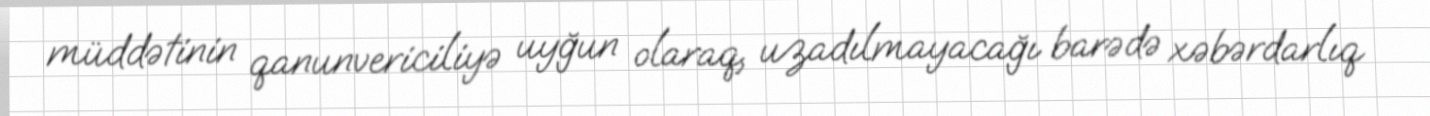
müddətinin qanunvericiliyə uyğun olaraq, uzadılmayacağı barədə xəbərdarlıq